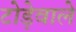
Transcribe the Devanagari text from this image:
टोड़ेवाले